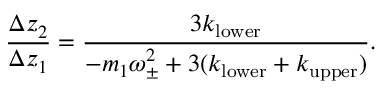
\frac { \Delta z _ { 2 } } { \Delta z _ { 1 } } = \frac { 3 k _ { \mathrm { l o w e r } } } { - m _ { 1 } \omega _ { \pm } ^ { 2 } + 3 ( k _ { \mathrm { l o w e r } } + k _ { \mathrm { u p p e r } } ) } .